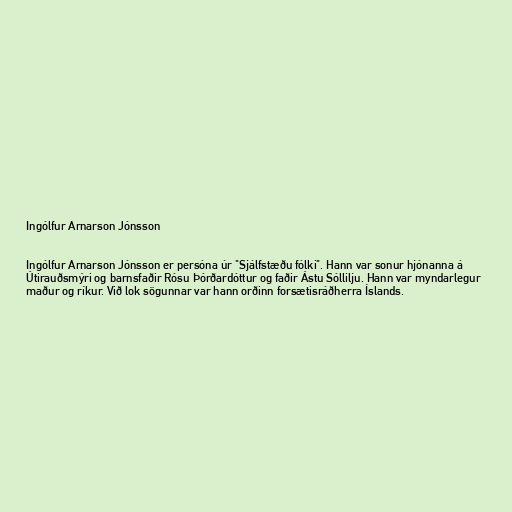
Ingólfur Arnarson Jónsson

Ingólfur Arnarson Jónsson er persóna úr "Sjálfstæðu fólki". Hann var sonur hjónanna á
Útirauðsmýri og barnsfaðir Rósu Þórðardóttur og faðir Ástu Sóllilju. Hann var myndarlegur
maður og ríkur. Við lok sögunnar var hann orðinn forsætisráðherra Íslands.